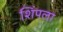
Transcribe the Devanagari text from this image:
शिंपला